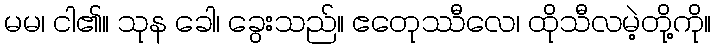
မမ၊ ငါ၏။ သုန ခေါ၊ ခွေးသည်။ ဧတေုဿီလေ၊ ထိုသီလမဲ့တို့ကို။